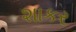
શાકર